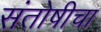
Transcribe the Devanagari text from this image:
संतोषीचा